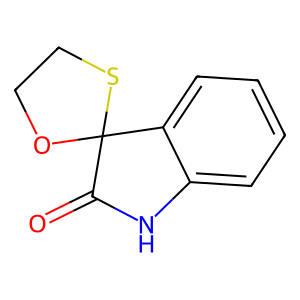
SMILES: O=C1Nc2ccccc2C12OCCS2
Inhibits HIV replication: No